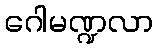
ဂေါမဏ္ဍလာ